Leaving Certificate Examination (including Day School Certificate (Higher) General paper), 1929
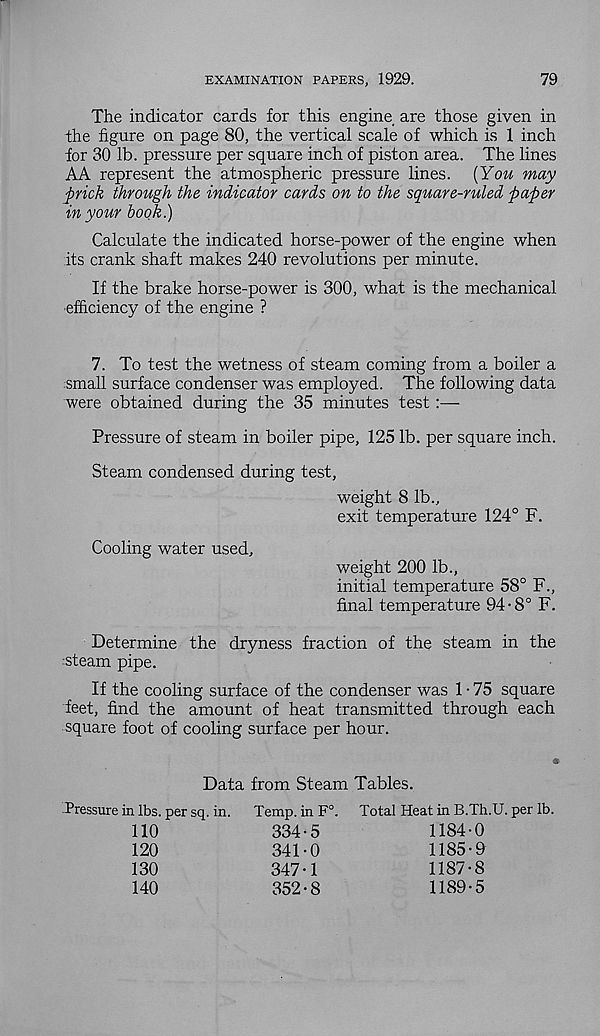
EXAMINATION PAPERS, 1929.
79
The indicator cards for this engine are those given in
the figure on page 80, the vertical scale of which is 1 inch
for 30 lb. pressure per square inch of piston area. The lines
AA represent the atmospheric pressure lines. (You may
prick through the indicator cards on to the square-ruled paper
in your book.)
Calculate the indicated horse-power of the engine when
its crank shaft makes 240 revolutions per minute.
If the brake horse-power is 300, what is the mechanical
efficiency of the engine ?
7. To test the wetness of steam coming from a boiler a
small surface condenser was employed. The following data
were obtained during the 35 minutes test :—
Pressure of steam in boiler pipe, 125 lb. per square inch.
Steam condensed during test,
weight 8 lb.,
exit temperature 124° F.
Cooling water used.
weight 200 lb.,
initial temperature 58° F.,
final temperature 94 • 8° F.
Determine the dryness fraction of the steam in the
:steam pipe.
If the cooling surface of the condenser was 1 • 75 square
feet, find the amount of heat transmitted through each
square foot of cooling surface per hour.
Data from Steam Tables.
Pressure in lbs. per sq. in. Temp, in F°. Total Heat in B.Th.U. per lb.
110
120
130
140
334-5
341-0
347-1
352-8
1184-
1185-
1187-8
1189-5